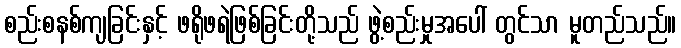
စည်းစနစ်ကျခြင်းနှင့် ဖရိုဖရဲဖြစ်ခြင်းတို့သည် ဖွဲ့စည်းမှုအပေါ် တွင်သာ မူတည်သည်။